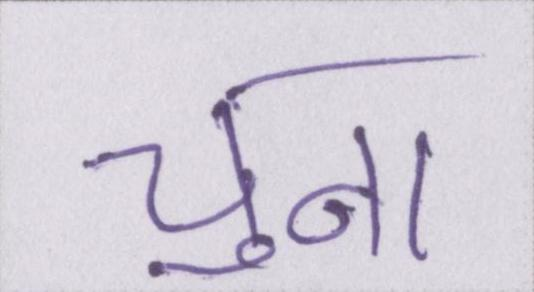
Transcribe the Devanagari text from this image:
चुना